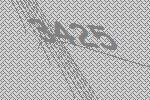
3425